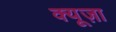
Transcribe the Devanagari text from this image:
क्यूज़ा